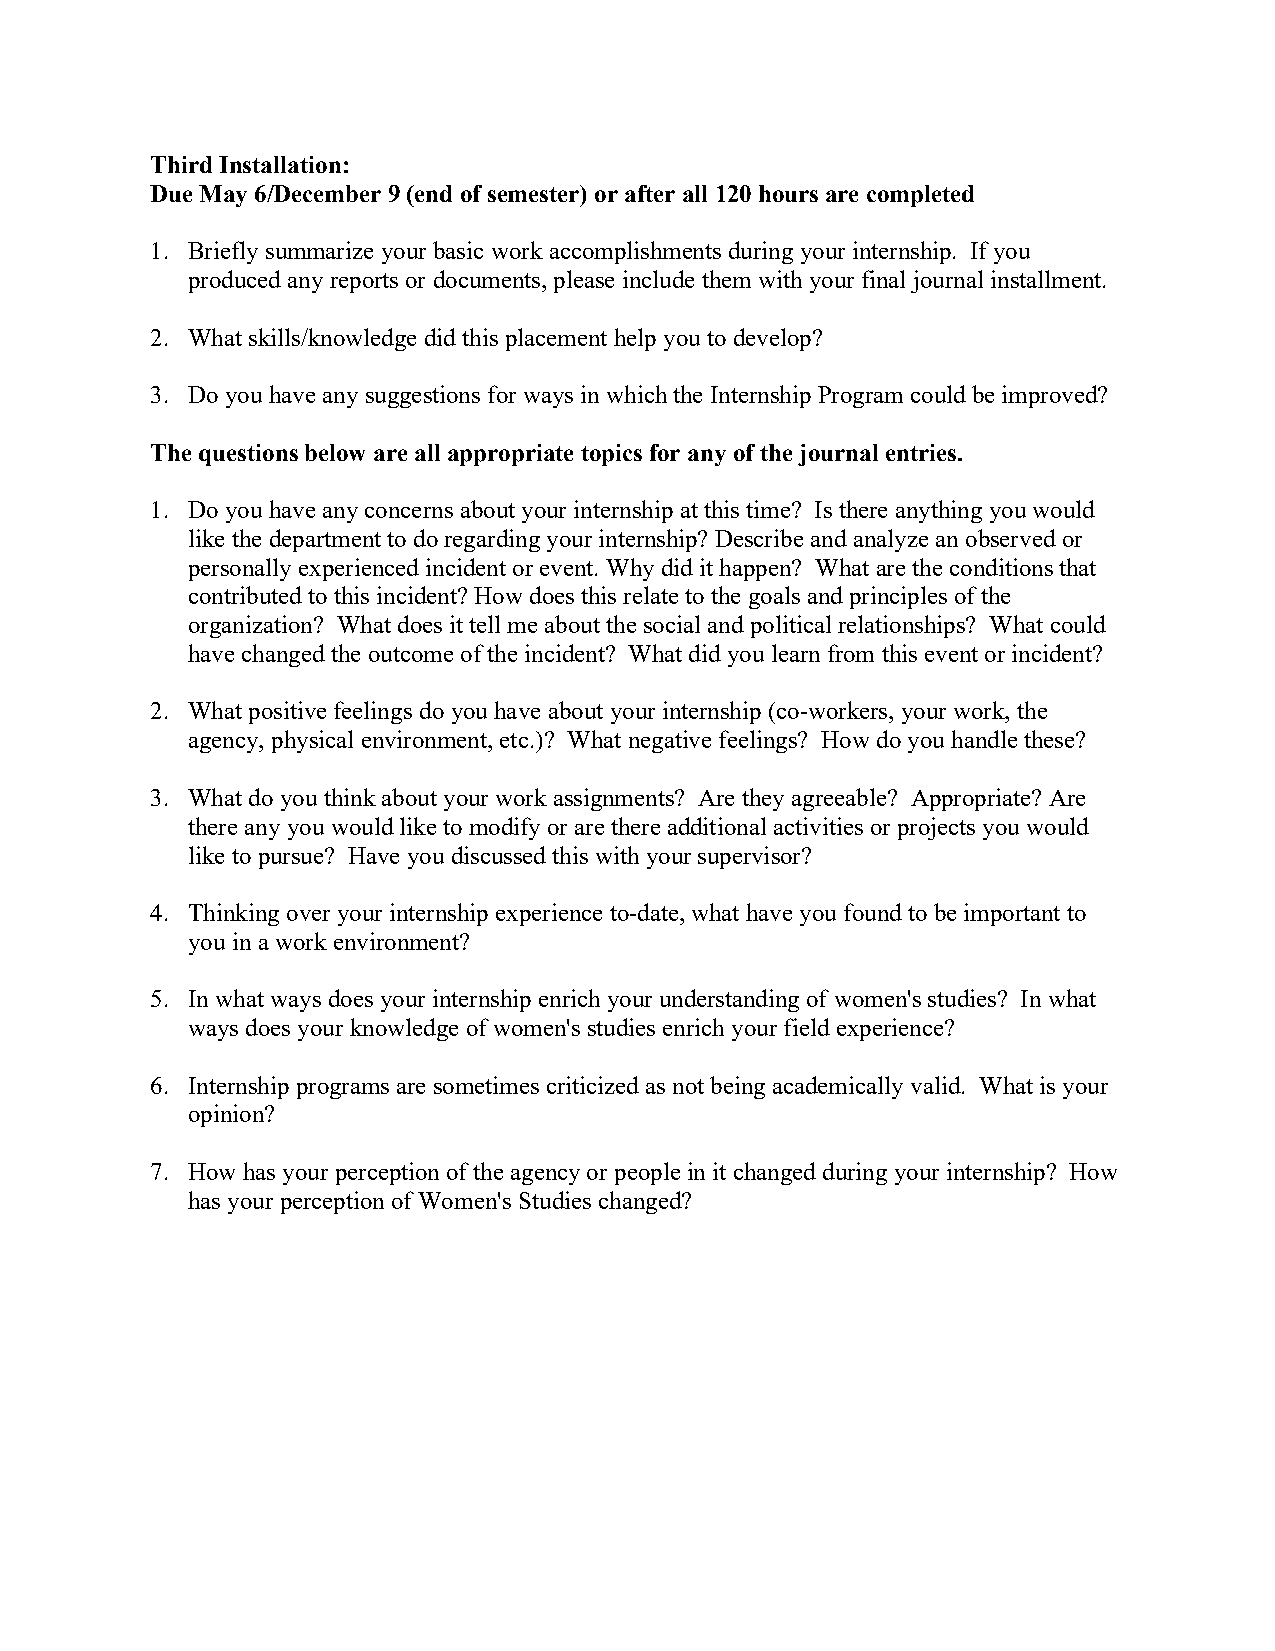
Third Installation:
 Due May 6/December 9 (end of semester) or after all 120 hours are completed
 1. Briefly summarize your basic work accomplishments during your internship. If you
 produced any reports or documents, please include them with your final journal installment.
 2. What skills/knowledge did this placement help you to develop?
 3. Do you have any suggestions for ways in which the Internship Program could be improved?
 The questions below are all appropriate topics for any of the journal entries.
 1. Do you have any concerns about your internship at this time? Is there anything you would
 like the department to do regarding your internship? Describe and analyze an observed or
 personally experienced incident or event. Why did it happen? What are the conditions that
 contributed to this incident? How does this relate to the goals and principles of the
 organization? What does it tell me about the social and political relationships? What could
 have changed the outcome of the incident? What did you learn from this event or incident?
 2. What positive feelings do you have about your internship (co-workers, your work, the
 agency, physical environment, etc.)? What negative feelings? How do you handle these?
 3. What do you think about your work assignments? Are they agreeable? Appropriate? Are
 there any you would like to modify or are there additional activities or projects you would
 like to pursue? Have you discussed this with your supervisor?
 4. Thinking over your internship experience to-date, what have you found to be important to
 you in a work environment?
 5. In what ways does your internship enrich your understanding of women's studies? In what
 ways does your knowledge of women's studies enrich your field experience?
 6. Internship programs are sometimes criticized as not being academically valid. What is your
 opinion?
 7. How has your perception of the agency or people in it changed during your internship? How
 has your perception of Women's Studies changed?